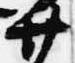
廿